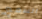
السمع